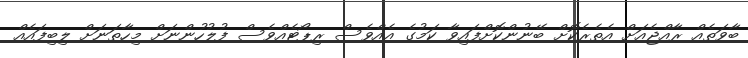
ބާވަތެއް ރާއްޖެއަށް އެތެރެކޮށް ބޭނުންކޮށްފައިވާ ކަމުގެ އެއްވެސް ރިޕޯޓެއްވެސް ފުލުހުންނަށް މިހާތަނަށް ލިބިފައެއް